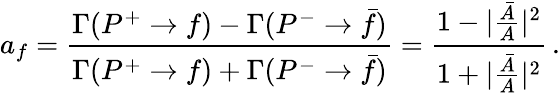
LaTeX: a_{f}=\frac{\Gamma(P^{+}\rightarrow f)-\Gamma(P^{-}\rightarrow\bar{f})}{\Gamma(P^{+}\rightarrow f)+\Gamma(P^{-}\rightarrow\bar{f})}=\frac{1-|\frac{\bar{A}}{A}|^{2}}{1+|\frac{\bar{A}}{A}|^{2}}\, .